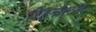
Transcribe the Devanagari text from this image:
रिइन्वेस्टमेंट